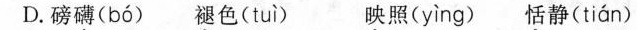
D.磅礴( bó ) 褪色( tuì ) 映照( yìng ) 恬静( tián )